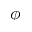
\phi